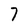
Character: 7